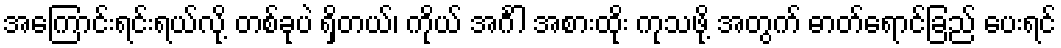
အကြောင်းရင်းရယ်လို့ တစ်ခုပဲ ရှိတယ်၊ ကိုယ် အင်္ဂါ အစားထိုး ကုသဖို့ အတွက် ဓာတ်ရောင်ခြည် ပေးရင်